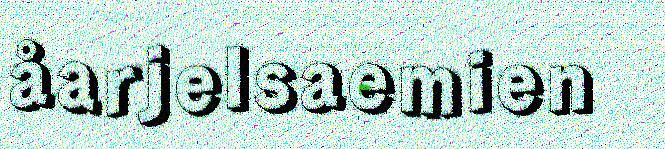
åarjelsaemien